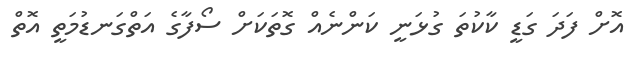
އޮށް ފަދަ ގަޑީ ކާކުތަ ގުޅަނީ ކަންނެއް ގޮތަކަށް ސޯފާގެ އަތްގަނޑުމަތީ އޮތް